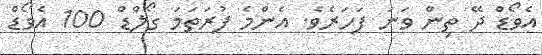
އެވޯޑް ދޭ ތިން ވަނަ ފަހަރެވެ. އެންމެ ފުރަތަމަ ގޯލްޑް 100 އެވޯޑް